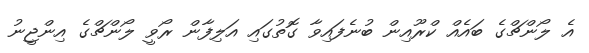
އެ ލޯންޗްގެ ބައެއް ކްރޫއިން ބުނެފައިވާ ގޮތުގައި އަލިފާން ރޯވީ ލޯންޗްގެ އިންޖީނު